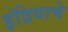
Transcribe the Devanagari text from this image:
इंद्रियाचे